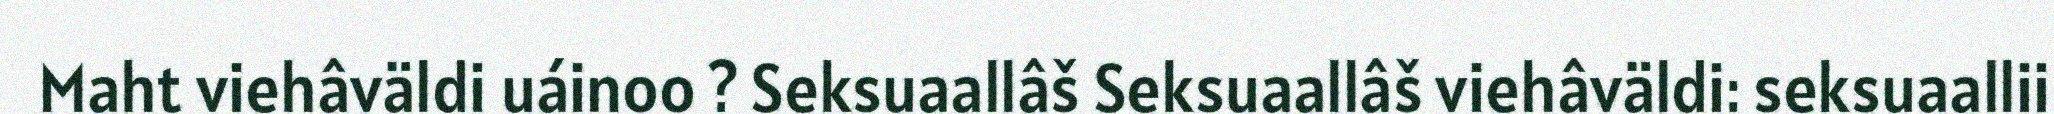
Maht viehâväldi uáinoo ? Seksuaallâš Seksuaallâš viehâväldi: seksuaallii